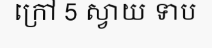
ក្រៅ 5 ស្វាយ ទាប